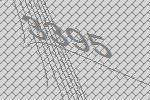
3395